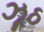
ઝૂઠ